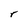
Character: r